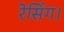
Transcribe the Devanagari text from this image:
रेसिंग।